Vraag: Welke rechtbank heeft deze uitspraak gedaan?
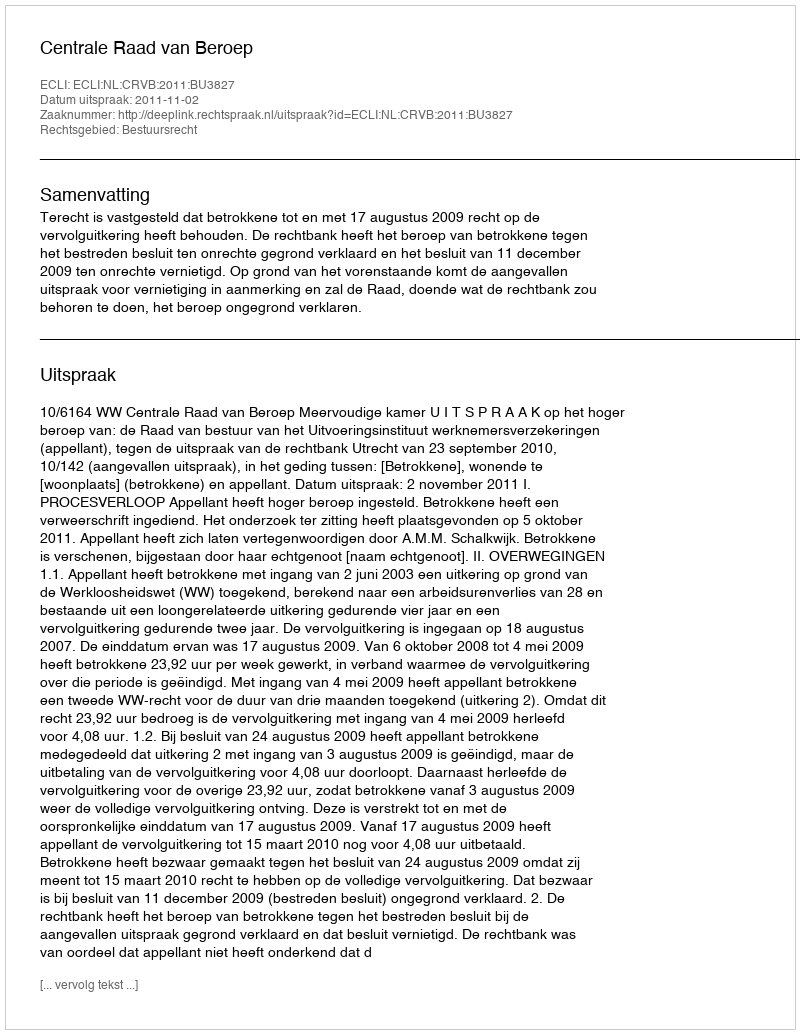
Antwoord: Centrale Raad van Beroep